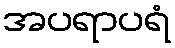
အပရာပရံ